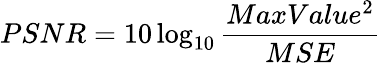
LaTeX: PSNR=10\log_{10}{\frac{MaxValue^{2}}{MSE}}